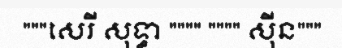
"""សេរី សុទ្ធា """" """" ស៊ីន"""